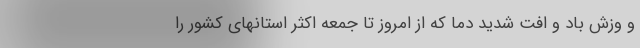
و وزش باد و افت شدید دما که از امروز تا جمعه اکثر استانهای کشور را